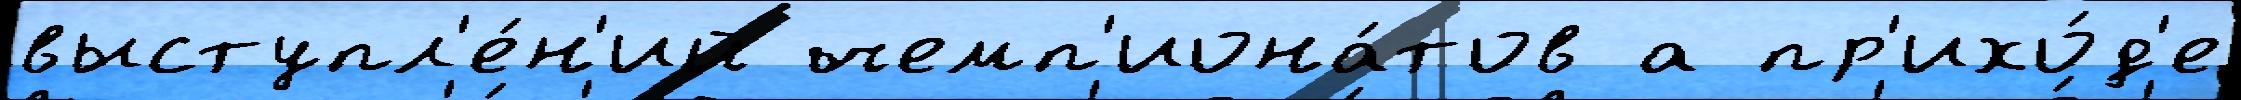
выступл'е́н'ий чемп'иона́тов а пр'ихо́д'е